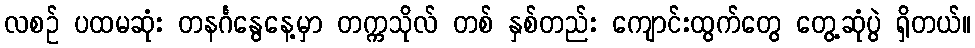
လစဉ် ပထမဆုံး တနင်္ဂနွေနေ့မှာ တက္ကသိုလ် တစ် နှစ်တည်း ကျောင်းထွက်တွေ တွေ့ဆုံပွဲ ရှိတယ်။